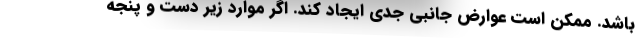
باشد. ممکن است عوارض جانبی جدی ایجاد کند. اگر موارد زیر دست و پنجه